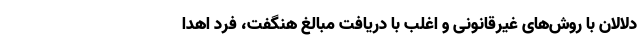
دلالان با روش‌های غیرقانونی و اغلب با دریافت مبالغ هنگفت، فرد اهدا